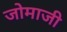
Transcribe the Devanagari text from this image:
जोमाजी